Note on the mental hospitals in Burma - 1925-1940
Year: 1925
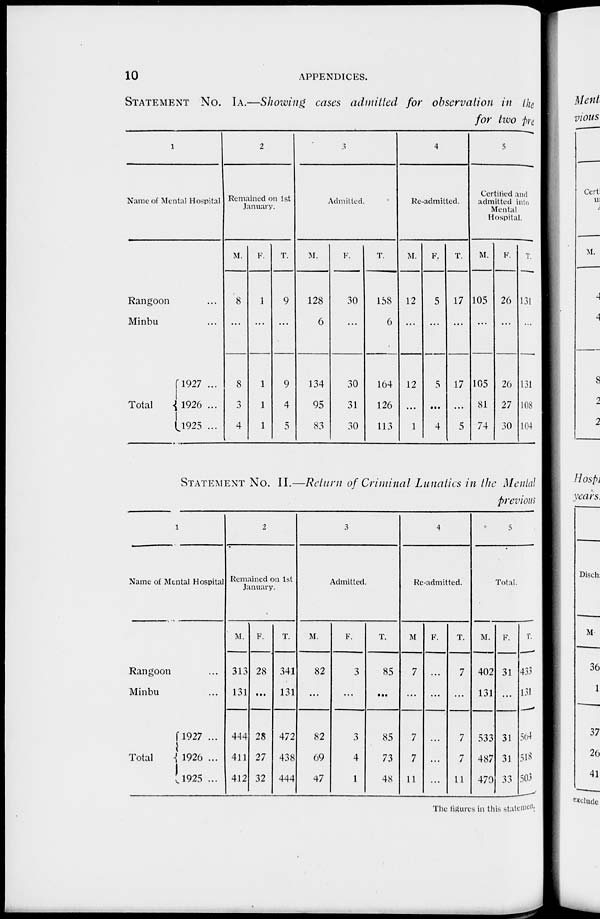
10
APPENDICES.
STATEMENT No. IA.—Showing cases admitted for observation in the
for two pre
1
Name of Mental Hospital
Rangoon ...
Minbu ...
Total
1927 ...
1926 ...
1925 ...
2
Remained on 1st
January.
M.
8
...
8
3
4
F.
1
...
1
1
1
T.
9
...
9
4
5
3
Admitted.
M.
128
6
134
95
83
F.
30
...
30
31
30
T.
158
6
164
126
113
4
Re-admitted.
M.
12
...
12
...
1
F.
5
...
5
...
4
T.
17
...
17
...
5
5
Certified and
admitted into
Mental
Hospital.
M.
105
...
105
81
74
F.
26
...
26
27
30
T.
131
...
131
108
104
STATEMENT No. II.—Return of Criminal Lunatics in the Mental
previous
1
Name of Mental Hospital
Rangoon ...
Minbu ...
Total
1927 ...
1926 ...
1925 ...
2
Remained on 1st
January.
M.
313
131
444
411
412
F.
28
...
28
27
32
T.
341
131
472
438
444
3
Admitted.
M.
82
...
82
69
47
F.
3
...
3
4
1
T.
85
...
85
73
48
4
Re-admitted.
M
7
...
7
7
11
F.
...
...
...
...
...
T.
7
...
7
7
11
5
Total.
M.
402
131
533
487
470
F.
31
...
31
31
33
T.
433
131
564
518
506
The figures in this statement